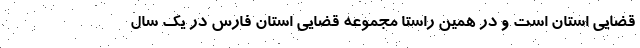
قضایی استان است و در همین راستا مجموعه قضایی استان فارس در یک سال